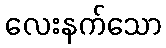
လေးနက်သော